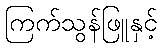
ကြက်သွန်ဖြူနှင့်